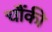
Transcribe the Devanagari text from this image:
चौंकी